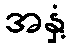
အနှံ့